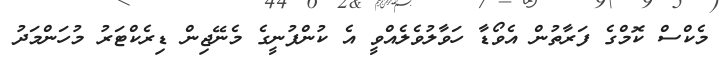
މެކްސް ކޮމްގެ ފަރާތުން އެވޯޑާ ހަވާލުވެލެއްވީ އެ ކުންފުނީގެ މެނޭޖިން ޑިރެކްޓަރު މުހަންމަދު